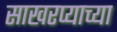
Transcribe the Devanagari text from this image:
साखरप्याच्या